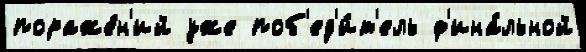
пораже́н'ий уже поб'ед'и́т'ель ф'ина́льной